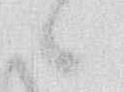
候